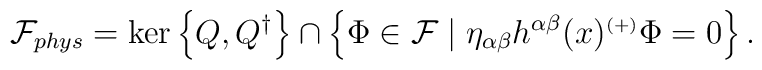
{\mathcal{F}}_{phys}=\ker\left\{Q,Q^{\dagger}\right\}\cap\left\{\Phi\in{\mathcal{F}}\mid \eta_{\alpha\beta} h^{\alpha\beta}(x)^{\scriptscriptstyle (+)}\Phi =0\right\}.